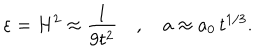
\varepsilon = H ^ { 2 } \approx \frac { 1 } { 9 t ^ { 2 } } \quad , \quad a \approx a _ { 0 } \, t ^ { 1 / 3 } .